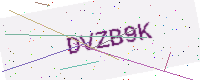
Text: DVZB9K